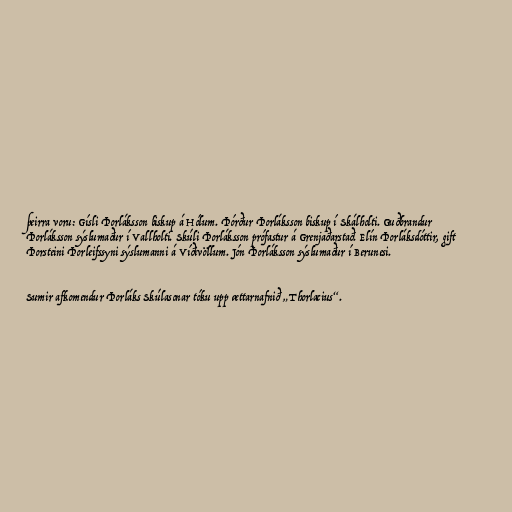
þeirra voru: Gísli Þorláksson biskup á Hólum. Þórður Þorláksson biskup í Skálholti. Guðbrandur
Þorláksson sýslumaður í Vallholti. Skúli Þorláksson prófastur á Grenjaðarstað. Elín Þorláksdóttir, gift
Þorsteini Þorleifssyni sýslumanni á Víðivöllum. Jón Þorláksson sýslumaður í Berunesi.

Sumir afkomendur Þorláks Skúlasonar tóku upp ættarnafnið „Thorlacius“.